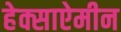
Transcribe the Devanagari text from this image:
हेक्साऐमीन